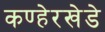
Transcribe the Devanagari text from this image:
कण्हेरखेडे